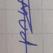
Signature authenticity: forged